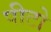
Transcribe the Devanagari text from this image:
पीटो